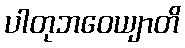
ပါတုဘဝေယျာတိ